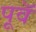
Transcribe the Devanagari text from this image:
पूवॅ